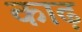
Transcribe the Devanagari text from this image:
काढ़